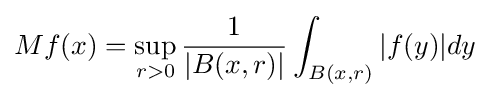
Mf(x)=\sup _{r>0}{\frac {1}{|B(x,r)|}}\int _{B(x,r)}|f(y)|dy